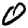
Digit: 0